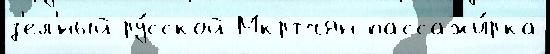
з'ел'́ный ру́сской Мкртчян пассажи́рка